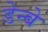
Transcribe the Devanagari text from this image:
डेन्बे